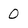
Character: 0